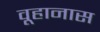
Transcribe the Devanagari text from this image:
वूहानास